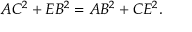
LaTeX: A C ^ { 2 } + E B ^ { 2 } = A B ^ { 2 } + C E ^ { 2 } .